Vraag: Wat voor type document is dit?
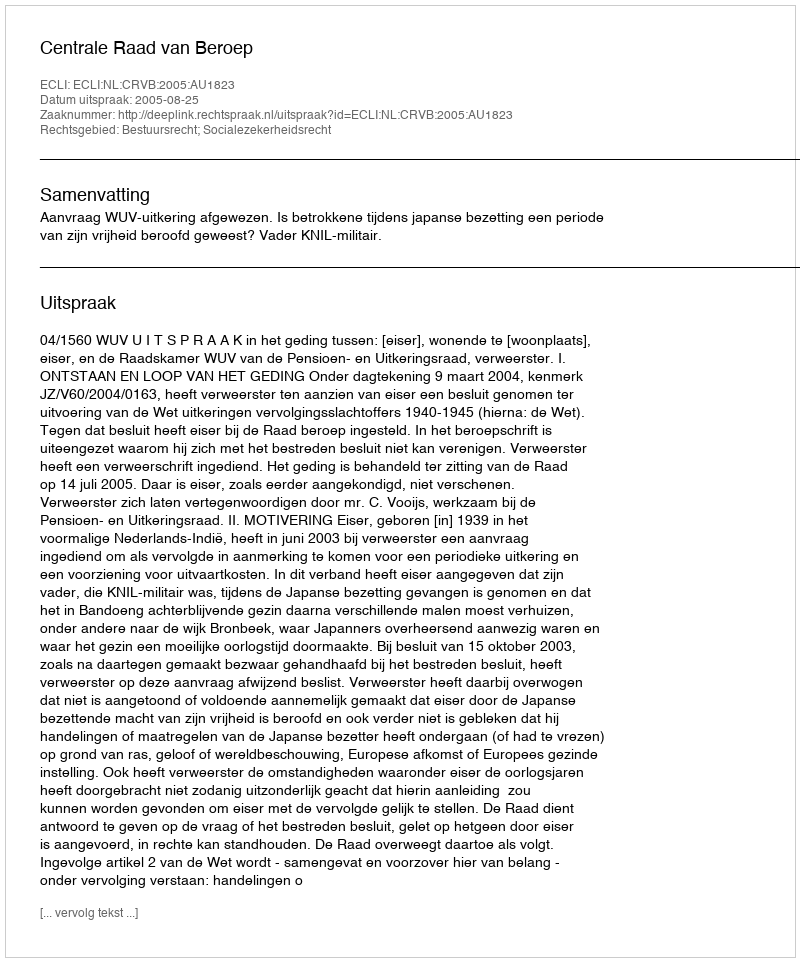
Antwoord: Uitspraak